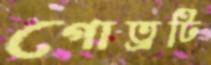
গোত্রটি